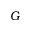
G